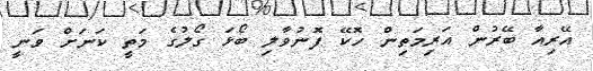
އޭރިއާ ބޭރުން އަރިމަތިން ހޮކޭ ފޮނުވާލި ބޯޅަ ގޯލުގެ މަތީ ކަނަށް ވަނީ